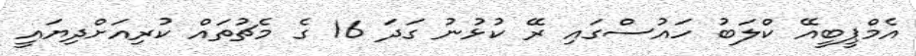
އެމްޕީބީއޭ ކްލަބު ހައުސްގައި ރޭ ކުޅުނު ގަދަ 16 ގެ މެޗުތައް ކުރިއަށްދިޔައީ